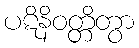
ပဋိနိဝတ္တိတွာ